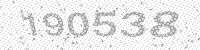
Solution: 190538